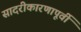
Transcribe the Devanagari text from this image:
सादरीकारणापूर्वी